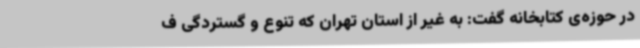
در حوزه‌ی کتابخانه گفت: به غیر از استان تهران که تنوع و گستردگی ف